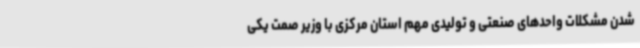
شدن مشکلات واحدهای صنعتی و تولیدی مهم استان مرکزی با وزیر صمت یکی